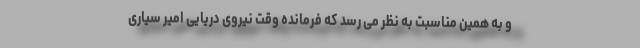
و به همین مناسبت به نظر می رسد که فرمانده وقت نیروی دریایی امیر سیاری